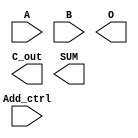
module adder_16bit_b(A , B ,Add_ctrl , O , C_out , SUM);

input [15:00] A , B ;
input Add_ctrl;//1 for sub ,0 for add

output [15:00] SUM ;
output C_out ;
output O ;

/** your code **/

endmodule